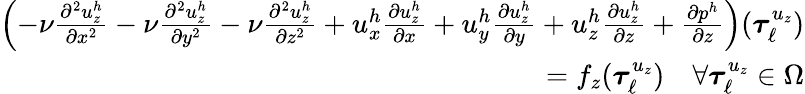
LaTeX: \begin{array}{r}{\left(-\nu\frac{\partial^{2}u_{z}^{h}}{\partial x^{2}}-\nu\frac{\partial^{2}u_{z}^{h}}{\partial y^{2}}-\nu\frac{\partial^{2}u_{z}^{h}}{\partial z^{2}}+u_{x}^{h}\frac{\partial u_{z}^{h}}{\partial x}+u_{y}^{h}\frac{\partial u_{z}^{h}}{\partial y}+u_{z}^{h}\frac{\partial u_{z}^{h}}{\partial z}+\frac{\partial p^{h}}{\partial z}\right)(\boldsymbol{\tau}_{\ell}^{u_{z}})}\\ {=f_{z}(\boldsymbol{\tau}_{\ell}^{u_{z}})\quad\forall\boldsymbol{\tau}_{\ell}^{u_{z}}\in\Omega}\end{array}